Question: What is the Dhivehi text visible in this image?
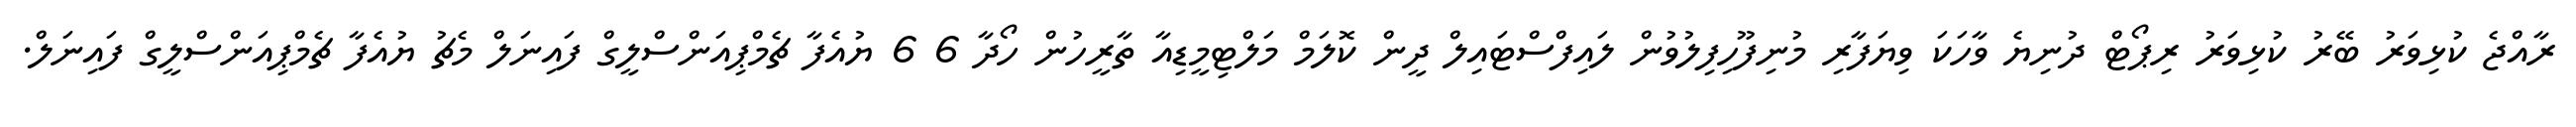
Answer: ރާއްޖެ ކުޅިވަރު ބޭރު ކުޅިވަރު ރިޕޯޓް ދުނިޔެ ވާހަކަ ވިޔަފާރި މުނިފޫހިފިލުވުން ލައިފްސްޓައިލް ދީން ކޮލަމް މަލްޓިމީޑިއާ ތާރީހުން ހޯދާ 6 6 ޔުއެފާ ޗެމްޕިއަންސްލީގް ފައިނަލް މެޗު ޔުއެފާ ޗެމްޕިއަންސްލީގް ފައިނަލް.